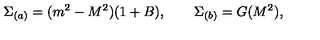
\Sigma _ { ( a ) } = ( m ^ { 2 } - M ^ { 2 } ) ( 1 + B ) , \qquad \Sigma _ { ( b ) } = G ( M ^ { 2 } ) ,